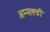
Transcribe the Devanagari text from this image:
अम्मलची